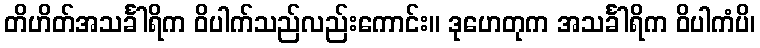
တိဟိတ်အသင်္ခါရိက ဝိပါက်သည်လည်းကောင်း။ ဒုဟေတုက အသင်္ခါရိက ဝိပါကံပိ၊